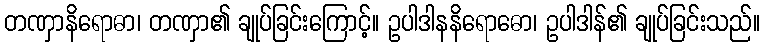
တဏှာနိရောဓာ၊ တဏှာ၏ ချုပ်ခြင်းကြောင့်။ ဥပါဒါနနိရောဓော၊ ဥပါဒါန်၏ ချုပ်ခြင်းသည်။